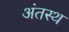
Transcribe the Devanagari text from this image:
अंतस्‍थ